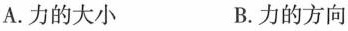
A.力的大小 B.力的方向